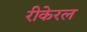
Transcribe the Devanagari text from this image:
रीकेरल